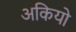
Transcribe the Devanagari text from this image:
अकियो